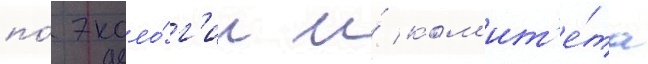
по́ эколо́г'ии и́ ком'ит'е́та